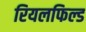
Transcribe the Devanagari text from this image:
रियलफिल्ड